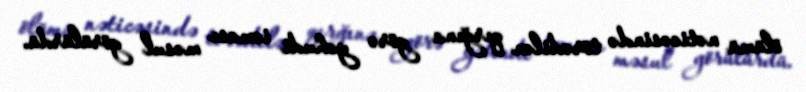
ölümü nəticəsində törədilən qırğına görə yəhudi icması məsul görülürdü.